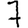
Digit: 7